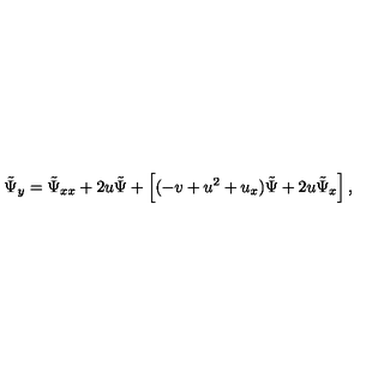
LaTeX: \tilde { \Psi } _ { y } = \tilde { \Psi } _ { x x } + 2 u \tilde { \Psi } + \left[ ( - v + u ^ { 2 } + u _ { x } ) \tilde { \Psi } + 2 u \tilde { \Psi } _ { x } \right] ,